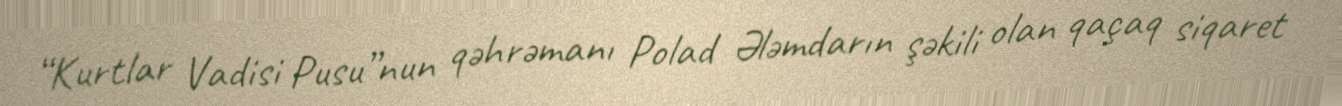
“Kurtlar Vadisi Pusu”nun qəhrəmanı Polad Ələmdarın şəkili olan qaçaq siqaret